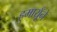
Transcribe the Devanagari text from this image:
हुमायूँने